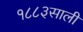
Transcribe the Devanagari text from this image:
१८८३साली